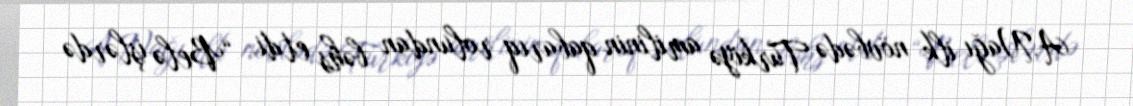
A.Nağı ilk növbədə Türkiyə amilinin qabarıq rolundan bəhs etdi: “Belə işlərdə